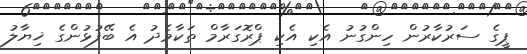
ޕީގެ ސަރުކާރުން ހިންގުނު އެކި އެކި ޕްރޮގަރާމް ތަކާމެދު އެ ބޭފުޅުންގެ ޚިޔާލު